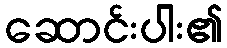
ဆောင်းပါး၏